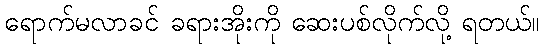
ရောက်မလာခင် ခရားအိုးကို ဆေးပစ်လိုက်လို့ ရတယ်။